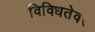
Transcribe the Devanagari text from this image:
विविधतेवर